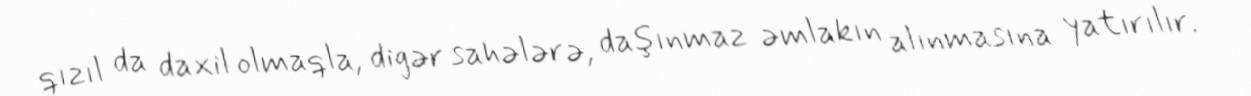
qızıl da daxil olmaqla, digər sahələrə, daşınmaz əmlakın alınmasına yatırılır.